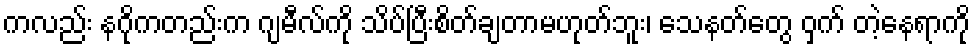
ကလည်း နဂိုကတည်းက ဂျမီလ်ကို သိပ်ပြီးစိတ်ချတာမဟုတ်ဘူး၊ သေနတ်တွေ ဝှက် တဲ့နေရာကို